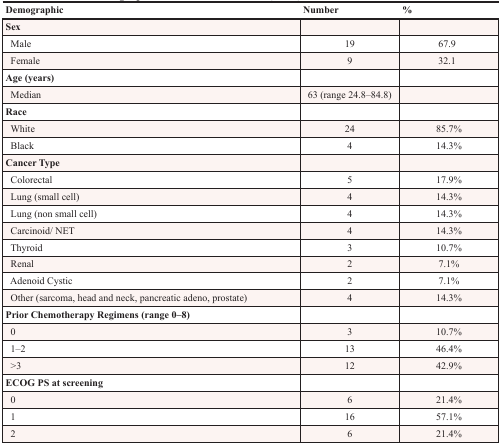
<table><thead><tr><td><b>Demographic</b></td><td><b>Number</b></td><td><b>%</b></td></tr></thead><tbody><tr><td><b>Sex</b></td><td></td><td></td></tr><tr><td> Male</td><td>19</td><td>67.9</td></tr><tr><td> Female</td><td>9</td><td>32.1</td></tr><tr><td><b>Age (years)</b></td><td></td><td></td></tr><tr><td> Median</td><td>63 (range 24.8–84.8)</td><td></td></tr><tr><td><b>Race</b></td><td></td><td></td></tr><tr><td> White</td><td>24</td><td>85.7%</td></tr><tr><td> Black</td><td>4</td><td>14.3%</td></tr><tr><td><b>Cancer Type</b></td><td></td><td></td></tr><tr><td> Colorectal</td><td>5</td><td>17.9%</td></tr><tr><td> Lung (small cell)</td><td>4</td><td>14.3%</td></tr><tr><td> Lung (non small cell)</td><td>4</td><td>14.3%</td></tr><tr><td> Carcinoid/ NET</td><td>4</td><td>14.3%</td></tr><tr><td> Thyroid</td><td>3</td><td>10.7%</td></tr><tr><td> Renal</td><td>2</td><td>7.1%</td></tr><tr><td> Adenoid Cystic</td><td>2</td><td>7.1%</td></tr><tr><td> Other (sarcoma, head and neck, pancreatic adeno, prostate)</td><td>4</td><td>14.3%</td></tr><tr><td><b>Prior Chemotherapy Regimens (range 0–8)</b></td><td></td><td></td></tr><tr><td> 0</td><td>3</td><td>10.7%</td></tr><tr><td> 1–2</td><td>13</td><td>46.4%</td></tr><tr><td> &gt;3</td><td>12</td><td>42.9%</td></tr><tr><td><b>ECOG PS at screening</b></td><td></td><td></td></tr><tr><td> 0</td><td>6</td><td>21.4%</td></tr><tr><td> 1</td><td>16</td><td>57.1%</td></tr><tr><td> 2</td><td>6</td><td>21.4%</td></tr></tbody></table>